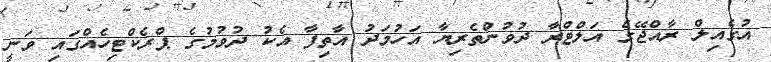
އުގެއިލް ރާއްޖޭގެ އަލްޓްރާ ދުވުންތެރިޔާ އަހުމަދު އާތިފާ އެކު ދުވުމުގެ ޕްރެކްޓިހެއްގައި ވަނީ